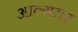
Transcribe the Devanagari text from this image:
आल्यंतर